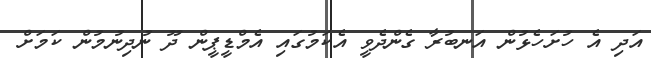
އަދި އެ ހުށަހެޅުން އަނބުރާ ގެންދެވީ އެކަމުގައި އެމްޑީޕީން ދޫ ނުދިނުމުން ކަމަށް